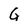
Character: G